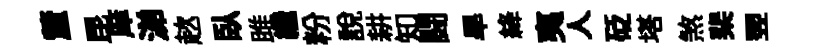
釐昆庠涕趑臥雎繼粉說耕知闘旱絳夷人砭塔煞棐翌